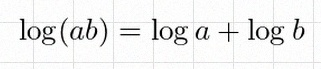
\log(ab)=\log a+\log b